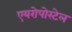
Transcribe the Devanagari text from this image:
एयरोपोस्टेल